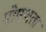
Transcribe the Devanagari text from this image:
पोषणता